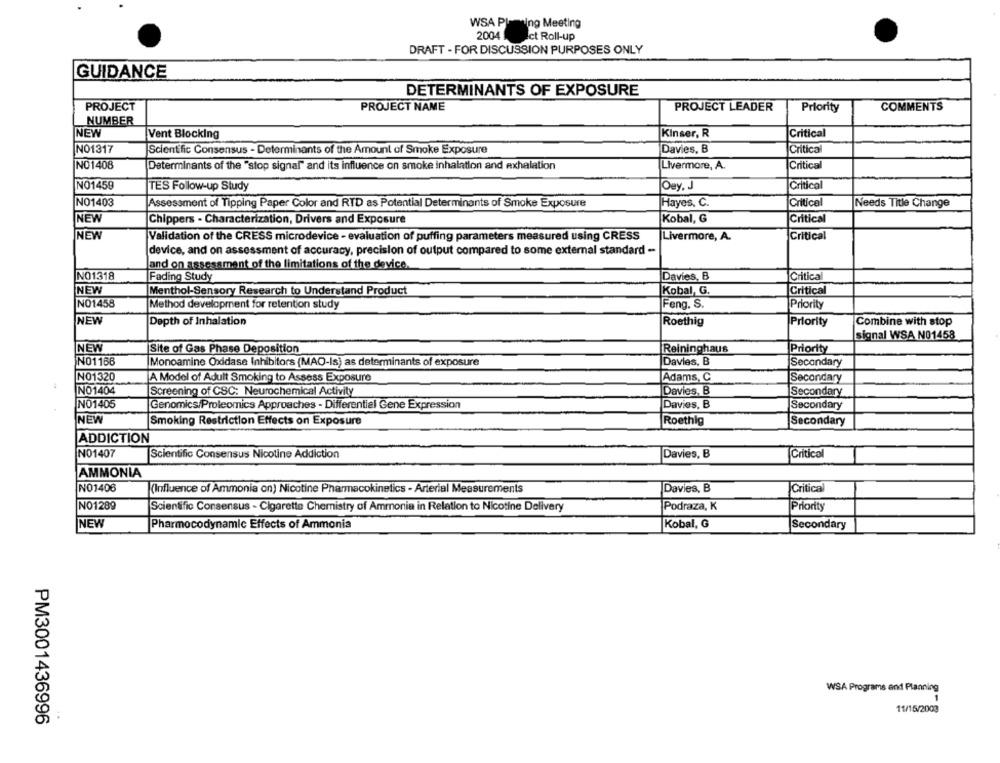
WSA Planning Meeting
2004
Ict Roll-up
DRAFT - FOR DISCUSSION PURPOSES ONLY
GUIDANCE
DETERMINANTS OF EXPOSURE
PROJECT
PROJECT NAME
PROJECT LEADER
COMMENTS
Priority
NUMBER
NEW
Vent Blocking
Kinser, R
Critical
NO1317
Scientific Consensus - Determinants of the Amount of Smoke Exposure
Davies, B
Critica
NO1408
Determinants of the "stop signal" and its influence on smoke inhalation and exhalation
Livermore, A.
Critical
NO1459
TES Follow-up Study
Oey. J
Critical
NO1403
Assessment of Tipping Paper Color and RTD as Potential Determinants of Smoke Exposure
Hayes. C.
Critical
Needs Title Change
NEW
Chippers - Characterization, Drivers and Exposure
Kobal, G
Critical
NEW
Validation of the CRESS microdevice - evaluation of puffing parameters measured using CRESS
Livermore, A.
Critical
device, and on assessment of accuracy, precision of output compared to some external standard -
land on assessment of the limitations of the device.
NO1318
Fading Study
Davies, B
Critical
NEW
Menthol-Sensory Research to Understand Product
Kobal, G.
Critical
NO1458
Method development for retention study
Feng. S.
Priority
INEW
Depth of Inhalation
Combine with stop
Roethig
Priority
signal WSA NO1458
NEW
Site of Gas Phase Deposition
Reininghaus
Priority
NO1166
Monoamine Oxddase Inhibitors (MAO-Is) as determinants of exposure
Davies, B
Secondary
NO1320
A Model of Adult Smoking to Assess Exposure
Adams, C
Secondary
NO1404
Screening of CSC: Neurochemical Activity
Davies, B
Secondary
NO1405
Genomics/Proleomics Approaches - Differential Gene Expression
Davies, B
Secondary
NEW
Smoking Restriction Effects on Exposure
Roethig
Secondary
ADDICTION
NO1407
Scientific Consensus Nicotine Addiction
Davies, B
Critico
AMMONIA
NO1408
(Influence of Ammonia on) Nicotine Pharmacokinetics - Arterial Measurements
Davies, B
Critical
NO1289
Scientific Consensus - Cigarette Chemistry of Ammonia in Relation to Nicotine Delivery
Podraza, K
Priority
NEW
Pharmocodynamic Effects of Ammonia
Kobal, G
Secondary
WSA Programs and Planning
11/15/2003
PM3001436996